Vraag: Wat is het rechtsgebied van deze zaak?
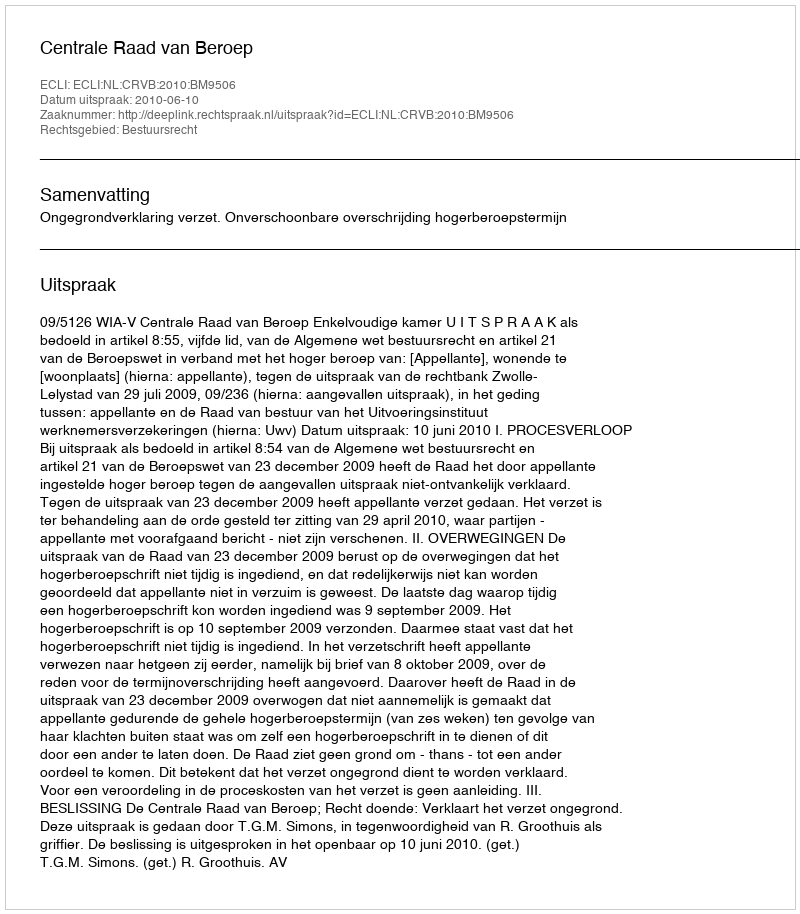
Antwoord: Bestuursrecht